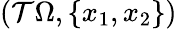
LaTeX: (\mathcal T\Omega,\{ x_{1},x_{2}\} )